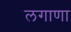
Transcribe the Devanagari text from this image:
लगाणा